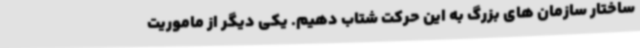
ساختار سازمان های بزرگ به این حرکت شتاب دهیم. یکی دیگر از ماموریت